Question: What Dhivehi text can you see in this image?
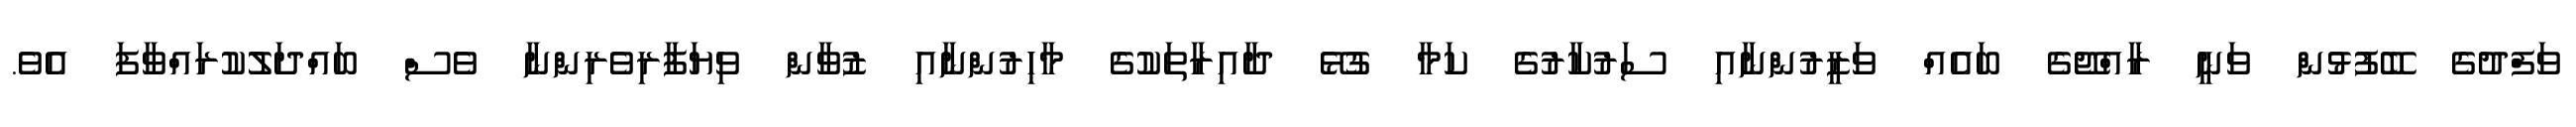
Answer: ވަފްދުގެ ބޭފުޅުން ވަނީ ރާއްޖޭގެ ބައެއް ވަޒީރުންނާއި ސަރުކާރުގެ ކަމާ ގުޅޭ ދާއިރާތަކުގެ މާހިރުންނާއި ޒުވާން ވިޔަފާރިވެރިންނާ ވެސް ބައްދަލުކުރައްވާފަ އެވެ.